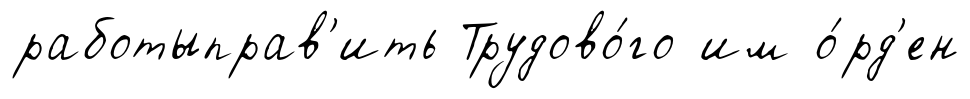
работыправ'ить Трудово́го им о́рд'ен